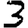
Digit: 3